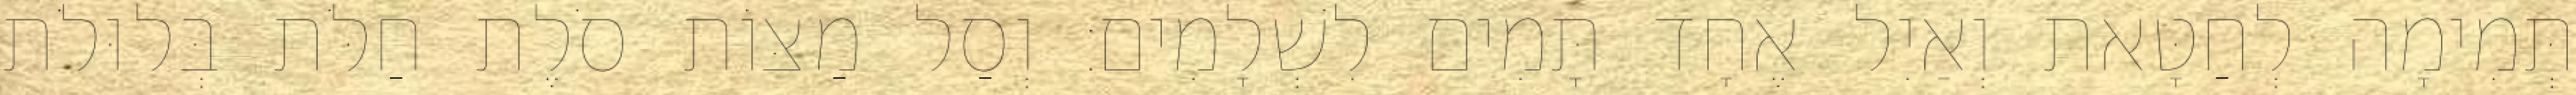
תְּמִימָה לְחַטָּאת וְאַיִל אֶחָד תָּמִים לִשְׁלָמִים׃ וְסַל מַצּוֹת סֹלֶת חַלֹּת בְּלוּלֹת